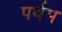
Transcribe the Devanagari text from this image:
पर्थम